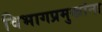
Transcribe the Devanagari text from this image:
विभागप्रमुखांना